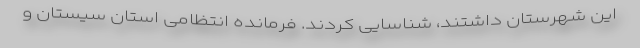
این شهرستان داشتند، شناسایی کردند. فرمانده انتظامی استان سیستان و